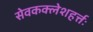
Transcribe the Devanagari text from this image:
सेवकक्लेशहर्त्तः